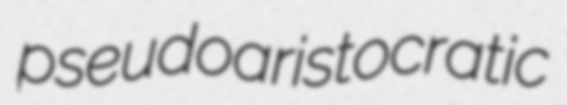
pseudoaristocratic